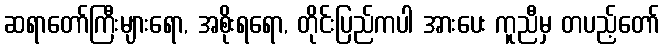
ဆရာတော်ကြီးများရော, အစိုးရရော, တိုင်းပြည်ကပါ အားပေး ကူညီမှ တပည့်တော်